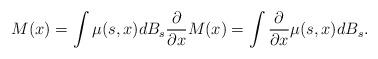
LaTeX: \begin{align*}M(x) = \int \mu(s,x)dB_s \frac{\partial }{\partial x}M(x) = \int\frac{\partial}{\partial x}\mu(s,x)dB_s.\end{align*}